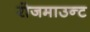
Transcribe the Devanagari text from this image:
रोजमाउन्ट